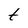
Character: t